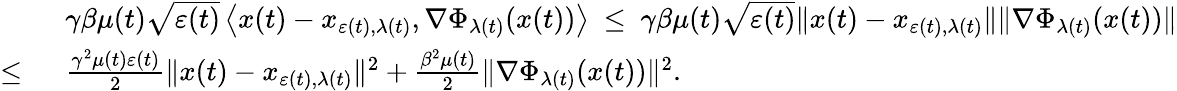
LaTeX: \begin{array}{rl}&{\gamma\beta\mu(t)\sqrt{\varepsilon(t)}\left\langle x(t)-x_{\varepsilon(t),\lambda(t)},\nabla\Phi_{\lambda(t)}(x(t))\right\rangle\ \leq\ \gamma\beta\mu(t)\sqrt{\varepsilon(t)}\| x(t)-x_{\varepsilon(t),\lambda(t)}\| \| \nabla\Phi_{\lambda(t)}(x(t))\| }\\ {\leq\ }&{\frac{\gamma^{2}\mu(t)\varepsilon(t)}{2}\| x(t)-x_{\varepsilon(t),\lambda(t)}\| ^{2}+\frac{\beta^{2}\mu(t)}{2}\| \nabla\Phi_{\lambda(t)}(x(t))\| ^{2}.}\end{array}